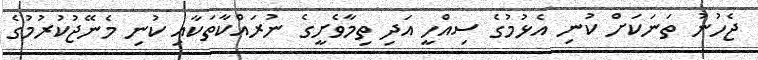
ޖެހުނު ތަނަކަށް ކުނި އެޅުމުގެ ސިއްހީ އަދި ތިމާވެށީގެ ނުރައްކާތަކާއި ކުނި މެނޭޖުކުރުމުގެ